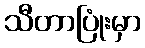
သီတာပြုံးမှာ